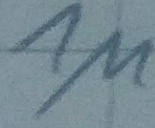
Text: 1µ